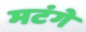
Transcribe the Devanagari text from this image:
मटंगे